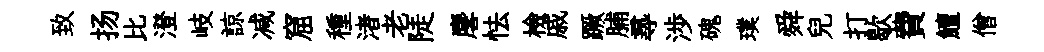
致扬比澄岐諒减窟種渚老陡麐怯檢戚蹶脯𡬶渉磈璞舜兒打歇費鱣僧